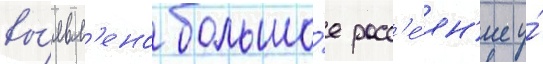
вы́явл'ено большо́е расс'е́ян'ие у́